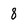
Character: 8